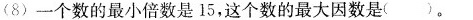
(8)一个数的最小倍数是15，这个数的最大因数是( )。